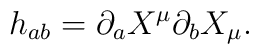
h_{ab} = \partial_a X^\mu \partial_b X_\mu.